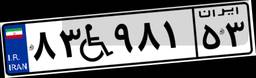
۸۳W۹۸۱۵۳